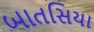
બાતસિયા